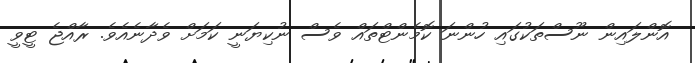
އޮންލައިން ނޫސްތަކުގައި ހުންނަ ކޮމެންޓްތައް ވެސް ނުކިޔަނީ ކަމަށް ވެދާނެއެވެ. ރާއްޖެ ޓީވީ